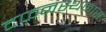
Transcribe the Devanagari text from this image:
दफनस्थळास